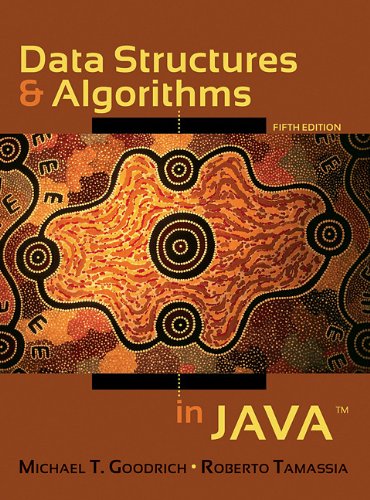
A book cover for Data Structures and Algorithms in Java; Michael T. Goodrich; Computers & Technology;